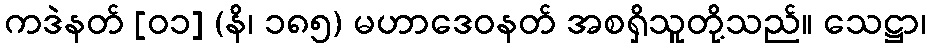
ကဒဲနတ် [၀၁] (နိ၊ ၁၈၅) မဟာဒေဝနတ် အစရှိသူတို့သည်။ သေဋ္ဌာ၊